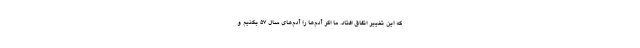
که این تغییر اتفاق افتاد. ما اگر آدم‌ها را آدم‌های سال ۵۷ بکنیم و